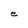
Character: e